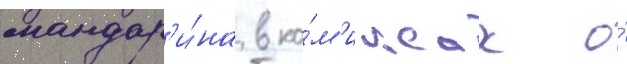
мандар'и́на в ко́м'иксах о́